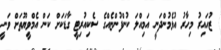
ޒުހައިރު މިހާރު އުޅެމުންދަނީ އަމިއްލަ ކުންފުންޏެއްގެ ސެކިއުރިޓީ ގާޑަކަށް ކަން އެމްވީޔޫތަށް ވަނީ